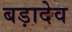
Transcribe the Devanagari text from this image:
बड़ादेव